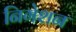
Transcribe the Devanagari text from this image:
निगेशन